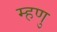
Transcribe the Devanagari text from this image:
म्हणु